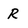
Character: R